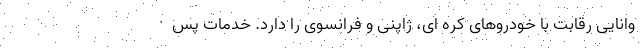
وانایی رقابت با خودروهای کره ای، ژاپنی و فرانسوی را دارد. خدمات پس